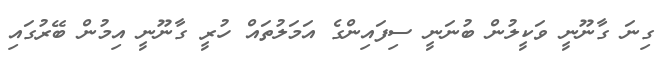
ގިނަ ގާނޫނީ ވަކީލުން ބުނަނީ ސިފައިންގެ އަމަލުތައް ހުރީ ގާނޫނީ އިމުން ބޭރުގައި